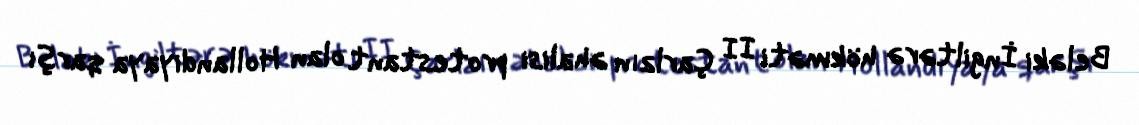
Beləki İngiltərə hökməti II Çarlzın əhalisi protestant olan Hollandiyaya qarşı